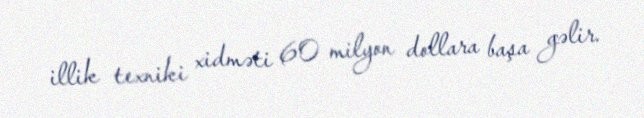
illik texniki xidməti 60 milyon dollara başa gəlir.